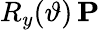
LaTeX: R_{y}(\vartheta)\, \mathbf{P}